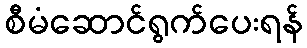
စီမံဆောင်ရွက်ပေးရန်